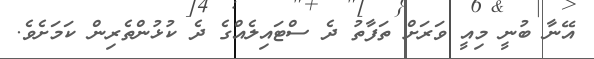
އޭނާ ބުނީ މިއީ ވަރަށް ތަފާތު ދެ ސްޓައިލެއްގެ ދެ ކުޅުންތެރިން ކަމަށެވެ.